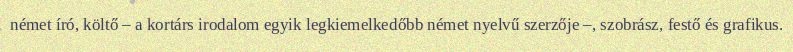
német író, költő – a kortárs irodalom egyik legkiemelkedőbb német nyelvű szerzője –, szobrász, festő és grafikus.